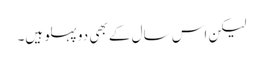
لیکن اس سال کے بھی دو پہلو ہیں۔